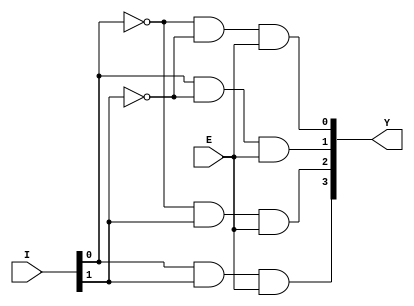
`timescale 1ns / 1ps
//////////////////////////////////////////////////////////////////////////////////
// Company: 
// Engineer: 
// 
// Design Name: 
// Module Name: decoder_data
// Project Name: 
// Target Devices: 
// Tool Versions: 
// Description: 
// 
// Dependencies: 
// 
// Revision:
// Revision 0.01 - File Created
// Additional Comments:
// 
//////////////////////////////////////////////////////////////////////////////////


module decoder_data(
    input [1:0]I,
    input E,
    output [3:0]Y
    );

    assign Y[0] = ~I[0] & ~I[1] & E;
    assign Y[1] = I[0] & ~I[1] & E;
    assign Y[2] = ~I[0] & I[1] & E;
    assign Y[3] = I[0] & I[1] & E;

endmodule